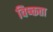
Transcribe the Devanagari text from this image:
विष्क्तता